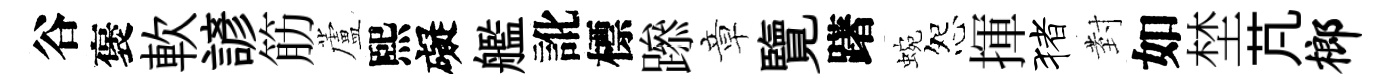
谷褒軟諺筋蘆熙礙艦訛標𨅶章覽躇蜿怨揮猪𭔹如埜芃榔